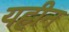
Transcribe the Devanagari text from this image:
यहीन